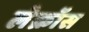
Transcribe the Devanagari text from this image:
लेक्रॉस